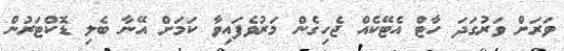
ވަރަށް ވަރުގަދަ ހާޓް އެޓޭކެއް ޖެހިގެން މަރުވެފައިވާ ކަމަށް އޭނާ ބެލި ޑޮކްޓަރުން